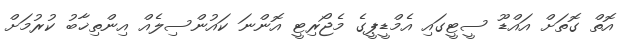
އޮތް ގޮތަށް އައްޑޫ ސީޓީގައި އެމްޑީޕީގެ މެޖޯރިޓީ އޮންނަ ކައުންސިލެއް އިންތިޚާބު ކުރުމަށް